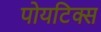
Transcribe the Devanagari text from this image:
पोयटिक्स